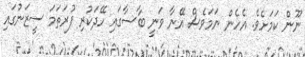
ނޫން ކަމަށެވެ. އެހެން ނަމަވެސް އޭނާ ވަނީ ބާސާގައި ހޭދަކުރި ފުރަތަމަ ސީޒަނުގައި